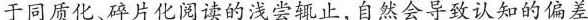
于同质化、碎片化阅读的浅尝辄止，自然会导致认知的偏差